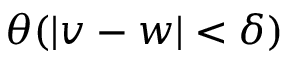
\theta ( | v - w | < \delta )